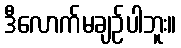
ဒီလောက်မချဉ်ပါဘူး။